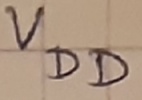
Text: VDD